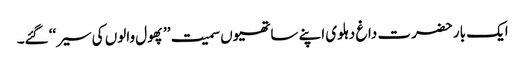
ایک بار حضرت داغ دہلوی اپنے ساتھیوں سمیت ’’پھول والوں کی سیر‘‘ گئے۔